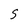
Character: S